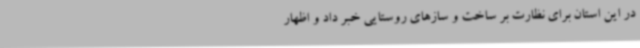
در این استان برای نظارت بر ساخت ‌و سازهای روستایی خبر داد و اظهار